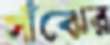
সাঁঝের